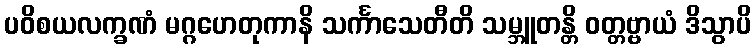
ပဝိစယလက္ခဏံ မဂ္ဂဟေတုကာနိ သင်္ကာသေတီတိ သမ္ဘူတန္တိ ဝတ္တဗ္ဗာယံ ဒိသွာပိ